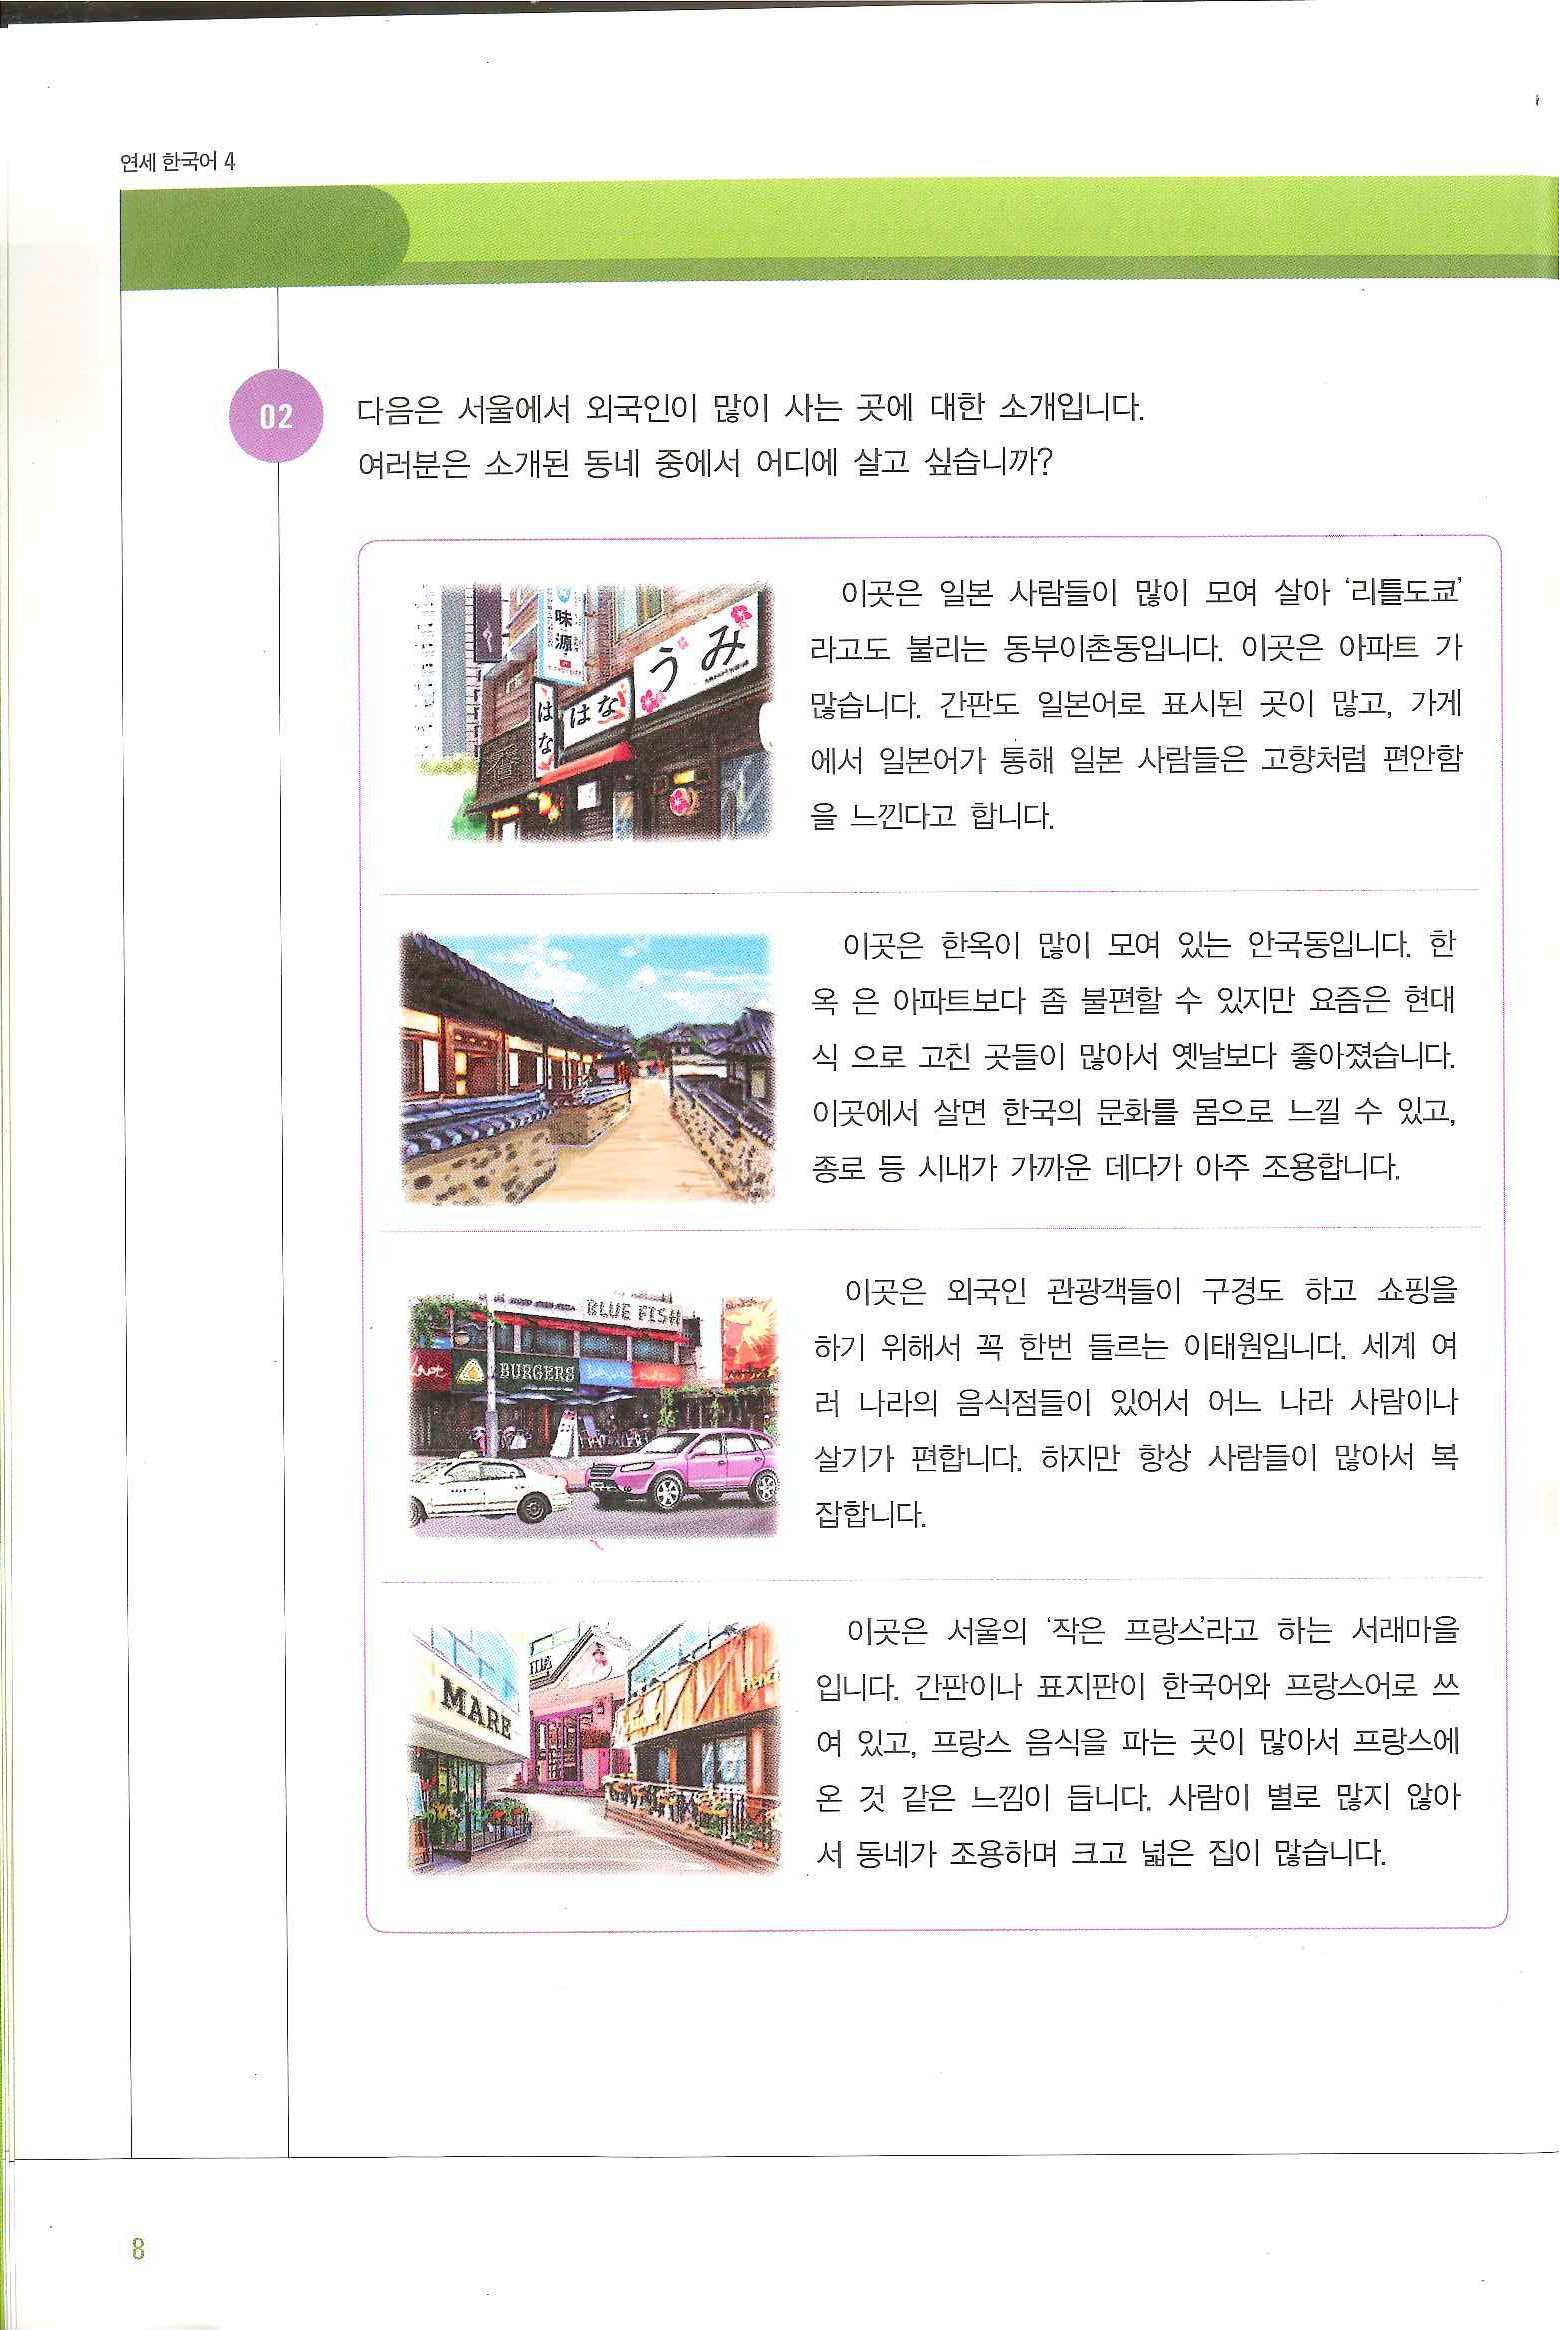
Language: ko